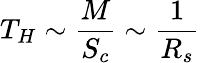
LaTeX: T_{H}\sim\frac{M}{S_{c}}\sim\frac{1}{R_{s}}